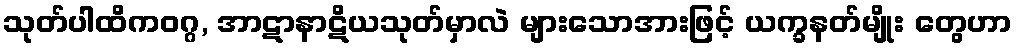
သုတ်ပါထိကဝဂ္ဂ, အာဋာနာဋိယသုတ်မှာလဲ များသောအားဖြင့် ယက္ခနတ်မျိုး တွေဟာ